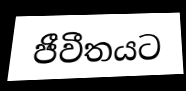
ජීවීතයට